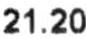
21.20